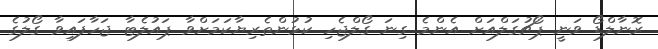
ރޮނާލްޑޯ ވަނީ ޕޯޗުގަލްއަށް އެންމެ ގިނަ ގޯލްޖެހި ކުޅުންތެރިޔާކަމަށްވާ ޕައުލެޓާ ޖަހާފައިވާ ގޯލުގެ